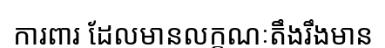
ការពារ ដែលមានលក្ខណៈតឹងរឹងមាន